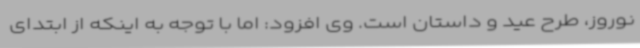
نوروز، طرح عید و داستان است. وی افزود: اما با توجه به اینکه از ابتدای